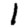
Digit: 1